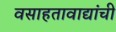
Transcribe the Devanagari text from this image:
वसाहतावाद्यांची